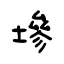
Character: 墋